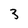
Character: 3